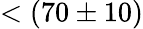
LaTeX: <(70\pm 10)